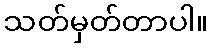
သတ်မှတ်တာပါ။